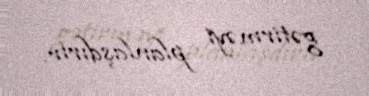
gətirməyi planlaşdırır.